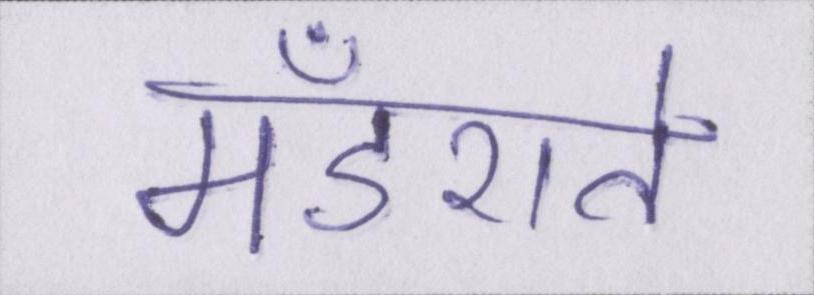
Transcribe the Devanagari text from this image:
मँडराते